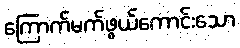
ကြောက်မက်ဖွယ်ကောင်းသော